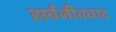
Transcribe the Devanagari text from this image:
सर्वजीववाद